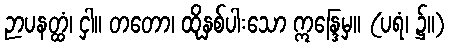
ဉာပနတ္ထံ၊ ငှါ။ တတော၊ ထိုနှစ်ပါးသော ဣန္ဒြေမှ။ (ပရံ၊ ၌။)